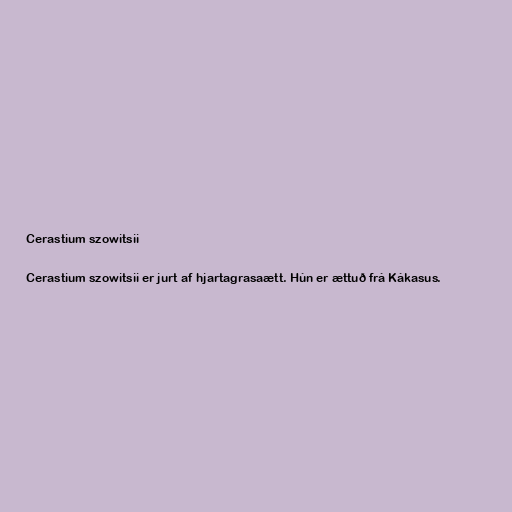
Cerastium szowitsii

Cerastium szowitsii er jurt af hjartagrasaætt. Hún er ættuð frá Kákasus.